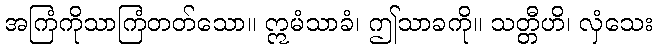
အကြံကိုသာကြံတတ်သော။ ဣမံသာခံ၊ ဤသာခကို။ သတ္တီဟိ၊ လှံသေး